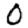
Digit: 0